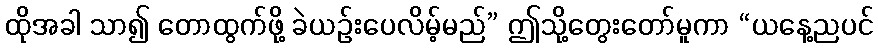
ထိုအခါ သာ၍ တောထွက်ဖို့ ခဲယဉ်းပေလိမ့်မည်” ဤသို့တွေးတော်မူကာ “ယနေ့ညပင်